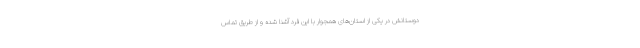
دوستانش در یکی از استان‌های همجوار با این فرد آشنا شده و از طریق تماس